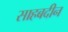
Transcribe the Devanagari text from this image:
साहबदीन